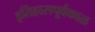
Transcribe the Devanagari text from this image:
इतिहासपूर्वकाळ